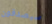
سيصدقون